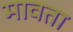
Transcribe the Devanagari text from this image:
मावता